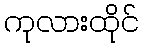
ကုလားထိုင်